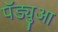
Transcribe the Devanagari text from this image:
पॅड्युआ